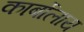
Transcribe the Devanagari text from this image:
कार्बोलाय